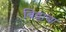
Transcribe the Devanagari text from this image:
बिडाचा